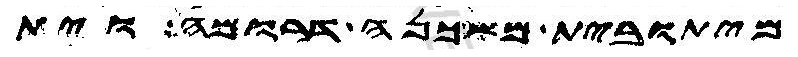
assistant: מיתובית משכנה דרומה וית